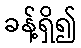
ခန့်ရှိ၍